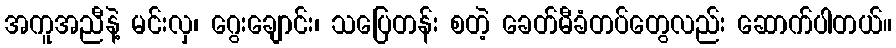
အကူအညီနဲ့ မင်းလှ၊ ဂွေးချောင်း၊ သပြေတန်း စတဲ့ ခေတ်မီခံတပ်တွေလည်း ဆောက်ပါတယ်။